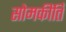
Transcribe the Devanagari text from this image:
सोमकीर्ति